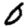
Digit: 0